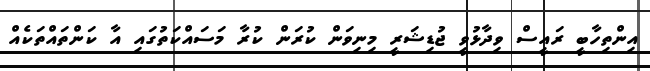
އިންތިހާބީ ރައީސް ވިދާޅުވީ ޖުޑިޝަރީ މިނިވަން ކުރަން ކުރާ މަސައްކަތުގައި އާ ކަންތައްތަކެއް